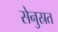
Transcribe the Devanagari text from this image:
सेनुस्रत